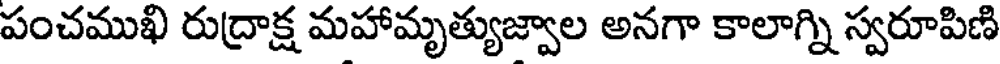
పంచముఖి రుద్రాక్ష మహామృత్యుజ్వాల అనగా కాలాగ్ని స్వరూపిణి